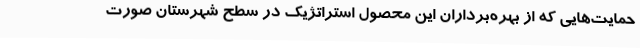
حمایت‌هایی که از بهره‌برداران این محصول استراتژیک در سطح شهرستان صورت